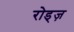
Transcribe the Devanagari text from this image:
रोड्ज़